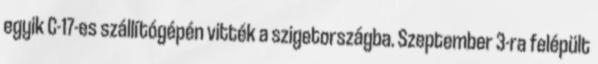
egyik C-17-es szállítógépén vitték a szigetországba. Szeptember 3-ra felépült